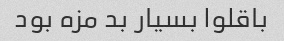
باقلوا بسیار بد مزه بود